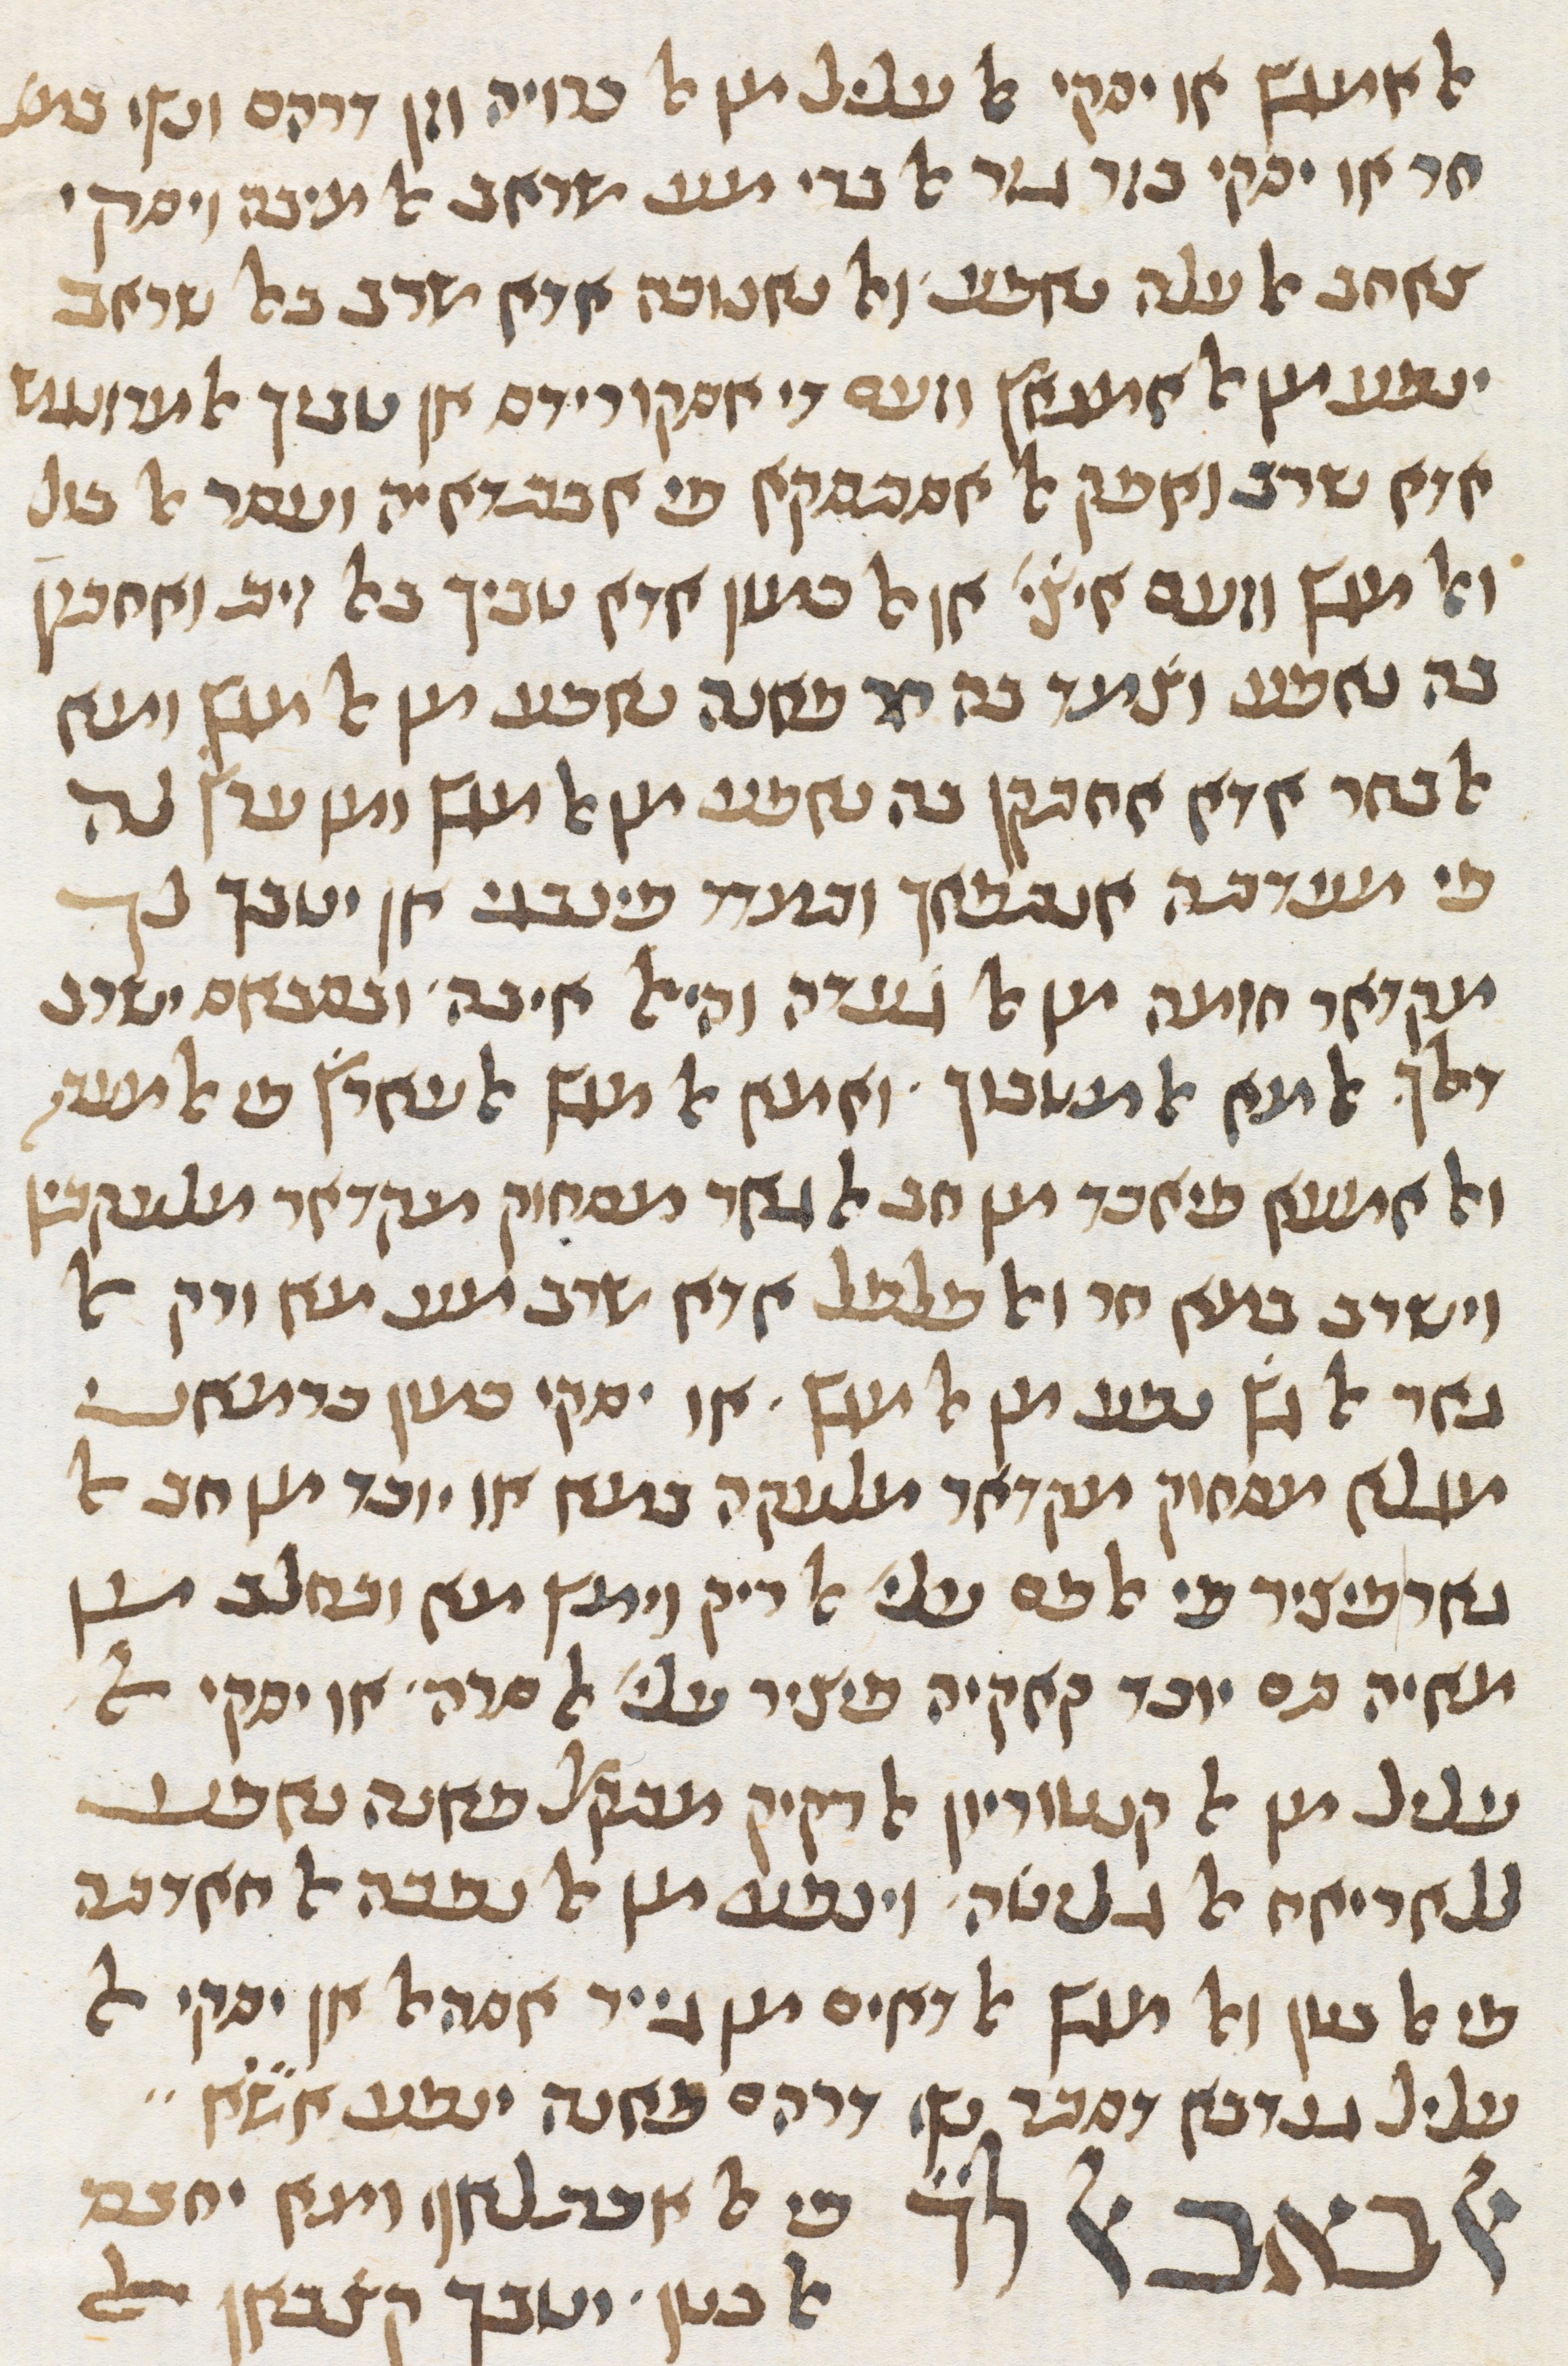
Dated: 1413–1413